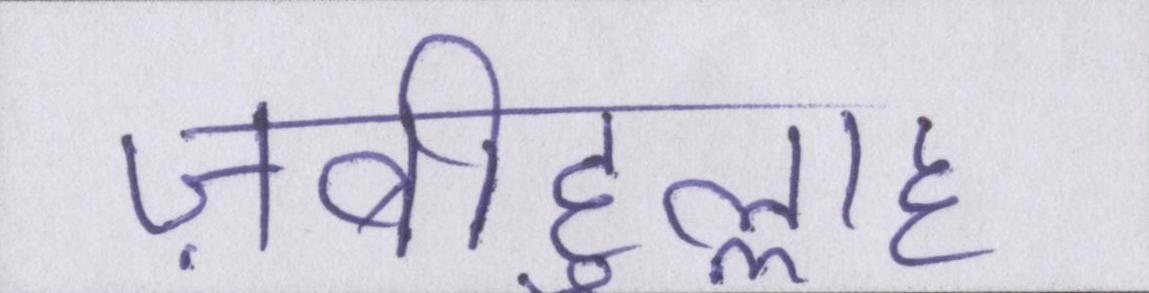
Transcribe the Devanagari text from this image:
ज़बीहुल्लाह